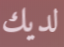
لديك